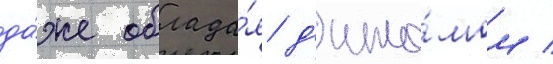
да́же облада́я д'ипло́мом /